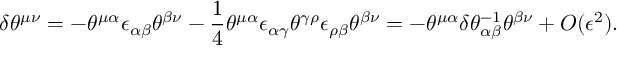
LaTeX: \delta \theta ^ { \mu \nu } = - \theta ^ { \mu \alpha } \epsilon _ { \alpha \beta } \theta ^ { \beta \nu } - \frac { 1 } { 4 } \theta ^ { \mu \alpha } \epsilon _ { \alpha \gamma } \theta ^ { \gamma \rho } \epsilon _ { \rho \beta } \theta ^ { \beta \nu } = - \theta ^ { \mu \alpha } \delta \theta _ { \alpha \beta } ^ { - 1 } \theta ^ { \beta \nu } + O ( \epsilon ^ { 2 } ) .